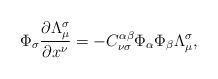
LaTeX: \begin{align*}\Phi_\sigma\frac{\partial \Lambda^\sigma_\mu}{\partial x^\nu} =-C^{\alpha\beta}_{\nu\sigma}\Phi_\alpha\Phi_\beta\Lambda^\sigma_\mu,\end{align*}